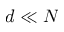
d \ll N